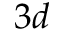
3 d